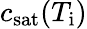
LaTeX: c_{\mathrm{sat}}(T_{\mathrm{i}})